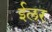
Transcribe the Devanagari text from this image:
ईलर